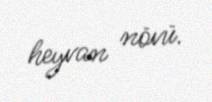
heyvan növü.